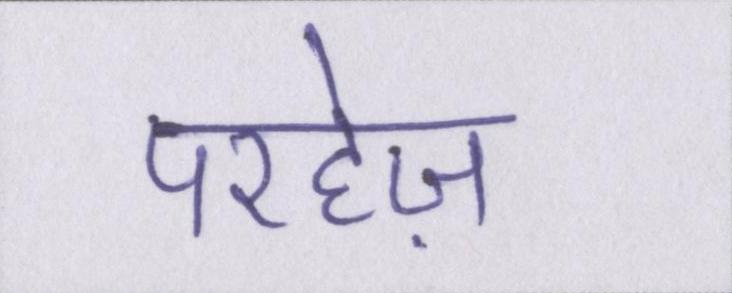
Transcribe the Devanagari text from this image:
परहेज़